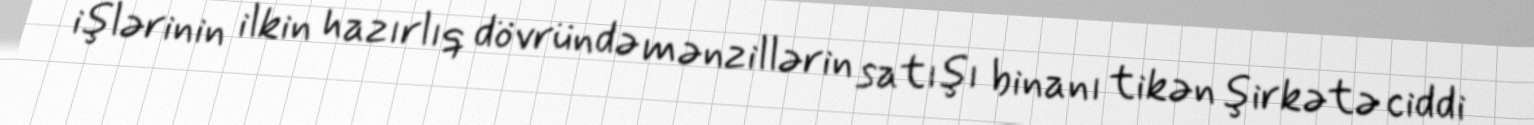
işlərinin ilkin hazırlıq dövründə mənzillərin satışı binanı tikən şirkətə ciddi